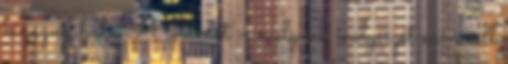
kinézni, haha A történet – melynek mélységét nem kell